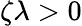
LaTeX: \zeta\lambda>0